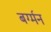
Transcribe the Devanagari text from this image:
बर्ग्मन